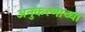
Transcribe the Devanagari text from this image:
अनुकरणाच्या